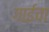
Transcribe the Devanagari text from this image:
गाईचा